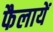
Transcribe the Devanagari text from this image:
फैलायें